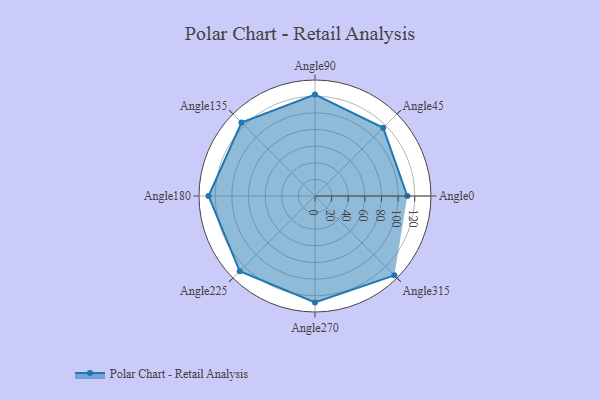
{"axis": {"x": "Angle", "y": "Radius"}, "legend": [""], "data": [{"x": "Angle0", "y": 111.0, "type": ""}, {"x": "Angle45", "y": 116.0, "type": ""}, {"x": "Angle90", "y": 122.0, "type": ""}, {"x": "Angle135", "y": 125.0, "type": ""}, {"x": "Angle180", "y": 128.0, "type": ""}, {"x": "Angle225", "y": 128.0, "type": ""}, {"x": "Angle270", "y": 128.0, "type": ""}, {"x": "Angle315", "y": 135.0, "type": ""}]}